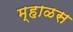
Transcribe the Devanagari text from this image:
म्हाळस